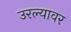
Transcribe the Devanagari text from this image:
उरल्यावर